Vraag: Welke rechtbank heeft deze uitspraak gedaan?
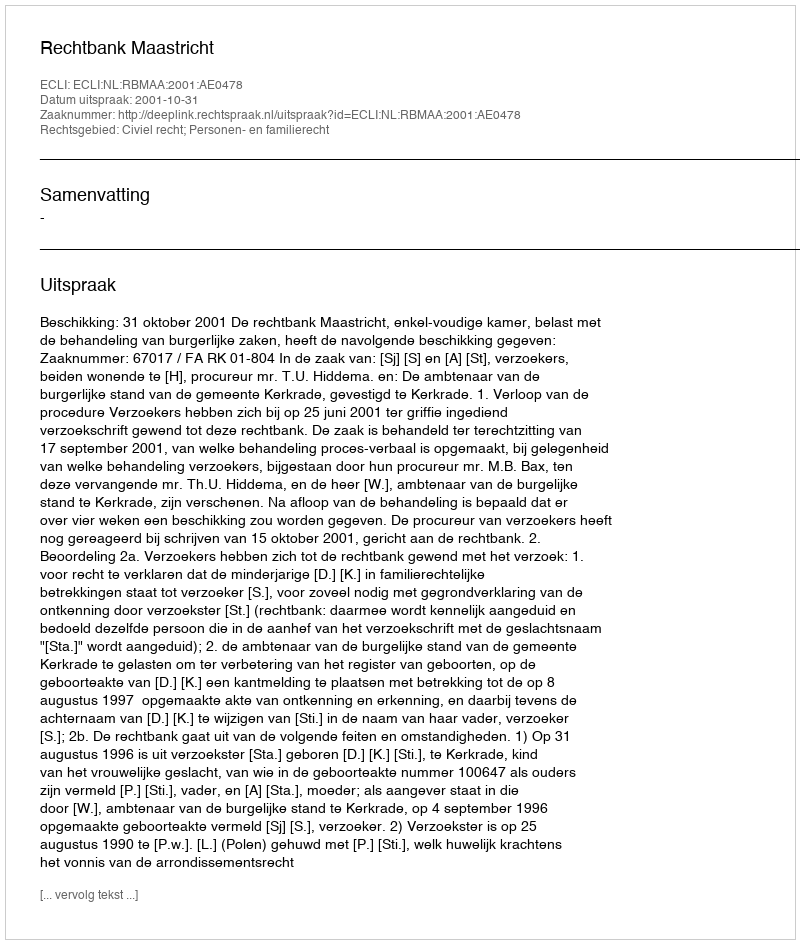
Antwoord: Rechtbank Maastricht